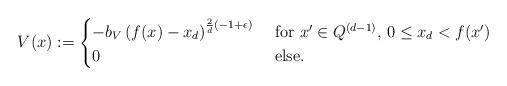
LaTeX: \begin{align*}V(x) := \begin{cases}-b_V \left(f(x) - x_d\right)^{\frac{2}{d}(-1 + \epsilon)} &\mathrm{\ for\ } x' \in Q^{(d-1)},\, 0 \leq x_d < f(x') \\ 0 &\ \mathrm{else}.\end{cases}\end{align*}